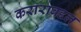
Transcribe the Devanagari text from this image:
कराराबद्दल